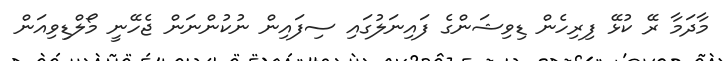
މާދަމާ ރޭ ކުޅޭ ފިރިހެން ޑިވިޝަންގެ ފައިނަލުގައި ސިފައިން ނުކުންނަން ޖެހޭނީ މޯލްޑިވިއަން